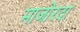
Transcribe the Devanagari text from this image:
माजोरदा